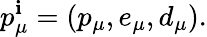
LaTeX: p_{\mu}^{\mathbf{i}}=\left(p_{\mu},e_{\mu},d_{\mu}\right).